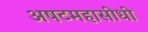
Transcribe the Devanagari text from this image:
अषटमहासीधी